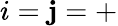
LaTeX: i=\mathbf{j}=+